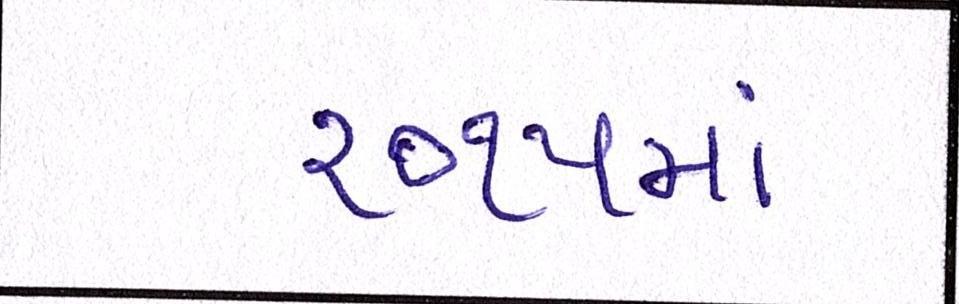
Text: ૨૦૧૫માં